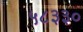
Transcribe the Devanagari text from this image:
५८३३०